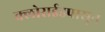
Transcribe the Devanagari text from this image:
क्लोराईडपासून